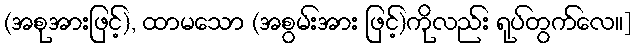
(အစုအားဖြင့်), ထာမသော (အစွမ်းအား ဖြင့်)ကိုလည်း ရုပ်တွက်လေ။]